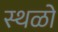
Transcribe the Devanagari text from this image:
स्थळो